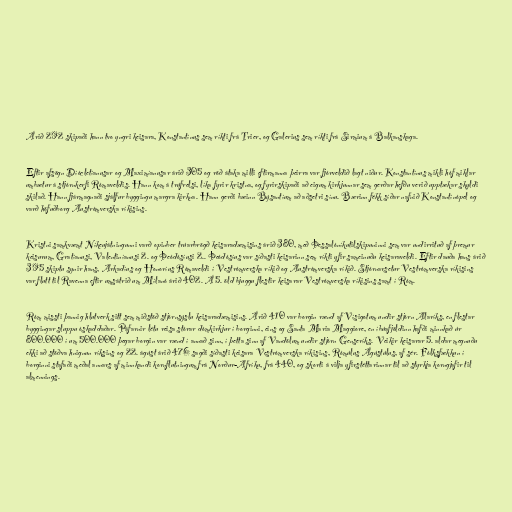
Árið 292 skipaði hann tvo yngri keisara, Konstantínus sem ríkti frá Trier, og Galerius sem ríkti frá Sirmium á Balkanskaga.

Eftir afsögn Díócletíanusar og Maximíanusar árið 305 og röð átaka milli eftirmanna þeirra var fjórveldið lagt niður. Konstantínus mikli hóf miklar
umbætur á stjórnkerfi Rómaveldis. Hann kom á trúfrelsi, líka fyrir kristna, og fyrirskipaði að eigum kirkjunnar sem gerðar hefðu verið upptækar skyldi
skilað. Hann fjármagnaði sjálfur byggingu margra kirkna. Hann gerði bæinn Býsantíum að aðsetri sínu. Bærinn fékk síðar nafnið Konstantínópel og
varð höfuðborg Austrómverska ríkisins.

Kristni samkvæmt Níkeujátningunni varð opinber trúarbrögð keisaradæmisins árið 380, með Þessalóníkutilskipuninni sem var undirrituð af þremur
keisurum, Gratíanusi, Valentiníanusi 2. og Þeódósíusi 2.. Þeódósíus var síðasti keisarinn sem ríkti yfir sameinuðu keisaraveldi. Eftir dauða hans árið
395 skiptu synir hans, Arkadíus og Honoríus Rómaveldi í Vestrómverska ríkið og Austrómverska ríkið. Stjórnarsetur Vestrómverska ríkisins
var flutt til Ravenna eftir umsátrið um Mílanó árið 402. Á 5. öld bjuggu flestir keisarar Vestrómverska ríkisins samt í Róm.

Róm missti þannig hlutverk sitt sem miðstöð stjórnsýslu keisaradæmisins. Árið 410 var borgin rænd af Vísigotum undir stjórn Alaríks, en flestar
byggingar sluppu óskaddaðar. Páfarnir létu reisa stórar dómkirkjur í borginni, eins og Santa Maria Maggiore, en íbúafjöldinn hafði minnkað úr
800.000 í um 500.000 þegar borgin var rænd í annað sinn, í þetta sinn af Vandölum undir stjórn Genseríks. Veikir keisarar 5. aldar megnuðu
ekki að stöðva hnignun ríksins og 22. ágúst árið 476 sagði síðasti keisara Vestrómverska ríkisins, Rómúlus Ágústúlus, af sér. Fólksfækkun í
borginni stafaði meðal annars af minnkandi kornflutningum frá Norður-Afríku, frá 440, og skorti á vilja yfirstéttarinnar til að styrkja korngjafir til
almennings.